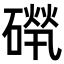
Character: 𥕚